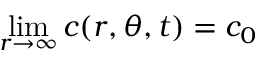
\operatorname* { l i m } _ { r \to \infty } c ( r , \theta , t ) = c _ { 0 }